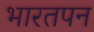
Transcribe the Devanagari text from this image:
भारतपन